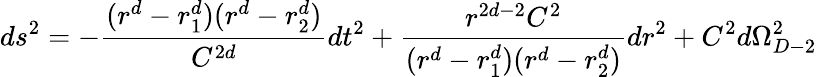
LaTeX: ds^{2}=-{\frac{(r^{d}-r_{1}^{d})(r^{d}-r_{2}^{d})}{C^{2d}}}dt^{2}+{\frac{r^{2d-2}C^{2}}{(r^{d}-r_{1}^{d})(r^{d}-r_{2}^{d})}}dr^{2}+C^{2}d\Omega_{D-2}^{2}